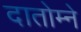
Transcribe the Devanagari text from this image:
दातोम्ने